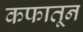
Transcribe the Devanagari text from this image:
कफातून